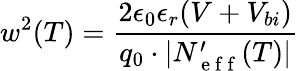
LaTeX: w^{2}(T)=\frac{2\epsilon_{0}\epsilon_{r}(V+V_{bi})}{q_{0}\cdot\lvert N_{\mathrm{~e~f~f~}}^{\prime}(T)\rvert}